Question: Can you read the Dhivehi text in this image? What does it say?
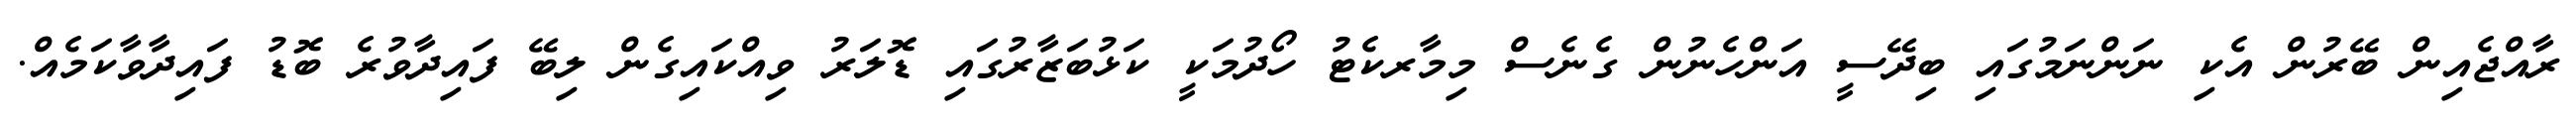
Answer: ރާއްޖެއިން ބޭރުން އެކި ނަންނަމުގައި ބިދޭސީ އަންހެނުން ގެނެސް މިމާރކެޓު ހޯދުމަކީ ކަޅުބަޒާރުގައި ޑޮލަރު ވިއްކައިގެން ލިބޭ ފައިދާވުރެ ބޮޑު ފައިދާވާކަމެއް.